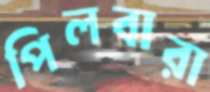
পিলবারা